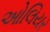
ઓલિયર